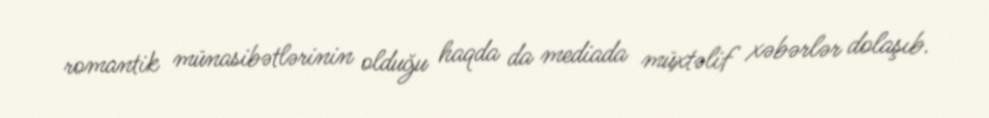
romantik münasibətlərinin olduğu haqda da mediada müxtəlif xəbərlər dolaşıb.